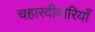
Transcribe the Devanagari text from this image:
चहारदीवारियाँ